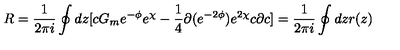
R = \frac { 1 } { 2 \pi i } \oint d z [ c G _ { m } e ^ { - \phi } e ^ { \chi } - \frac { 1 } { 4 } \partial ( e ^ { - 2 \phi } ) e ^ { 2 \chi } c \partial c ] = \frac { 1 } { 2 \pi i } \oint d z r ( z ) \